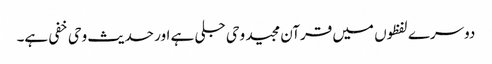
دوسرے لفظوں میں قرآن مجید وحی جلی ہے اور حدیث وحی خفی ہے۔